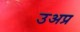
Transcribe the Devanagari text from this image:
उअप्र